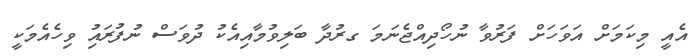
އެއީ މިކަމަށް އަވަހަށް ފަރުވާ ނުހޯދިއްޖެނަމަ ގރުދާ ބަލިވުމާއިއެކު ދުވަސް ނުފުރައުި ވިހެއެމަކީ